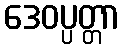
ဒေဝပ္ပတ္တာ